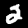
Digit: 2